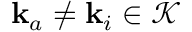
\mathbf { k } _ { a } \neq \mathbf { k } _ { i } \in \mathcal { K }